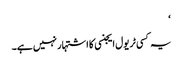
‘
یہ کسی ٹریول ایجنسی کا اشتہار نہیں ہے۔